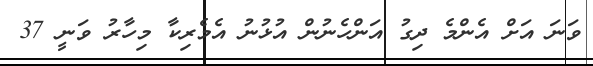
ވަނަ އަށް އެންމެ ދިގު އަންހެނުން އުޅުނު އެމެރިކާ މިހާރު ވަނީ 37